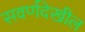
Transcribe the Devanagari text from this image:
सवर्णदेखील